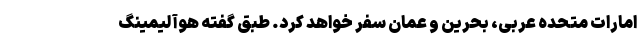
امارات متحده عربی، بحرین و عمان سفر خواهد کرد. طبق گفته هوآ لیمینگ